Leningradi_Edasi_toimetus, lk 114
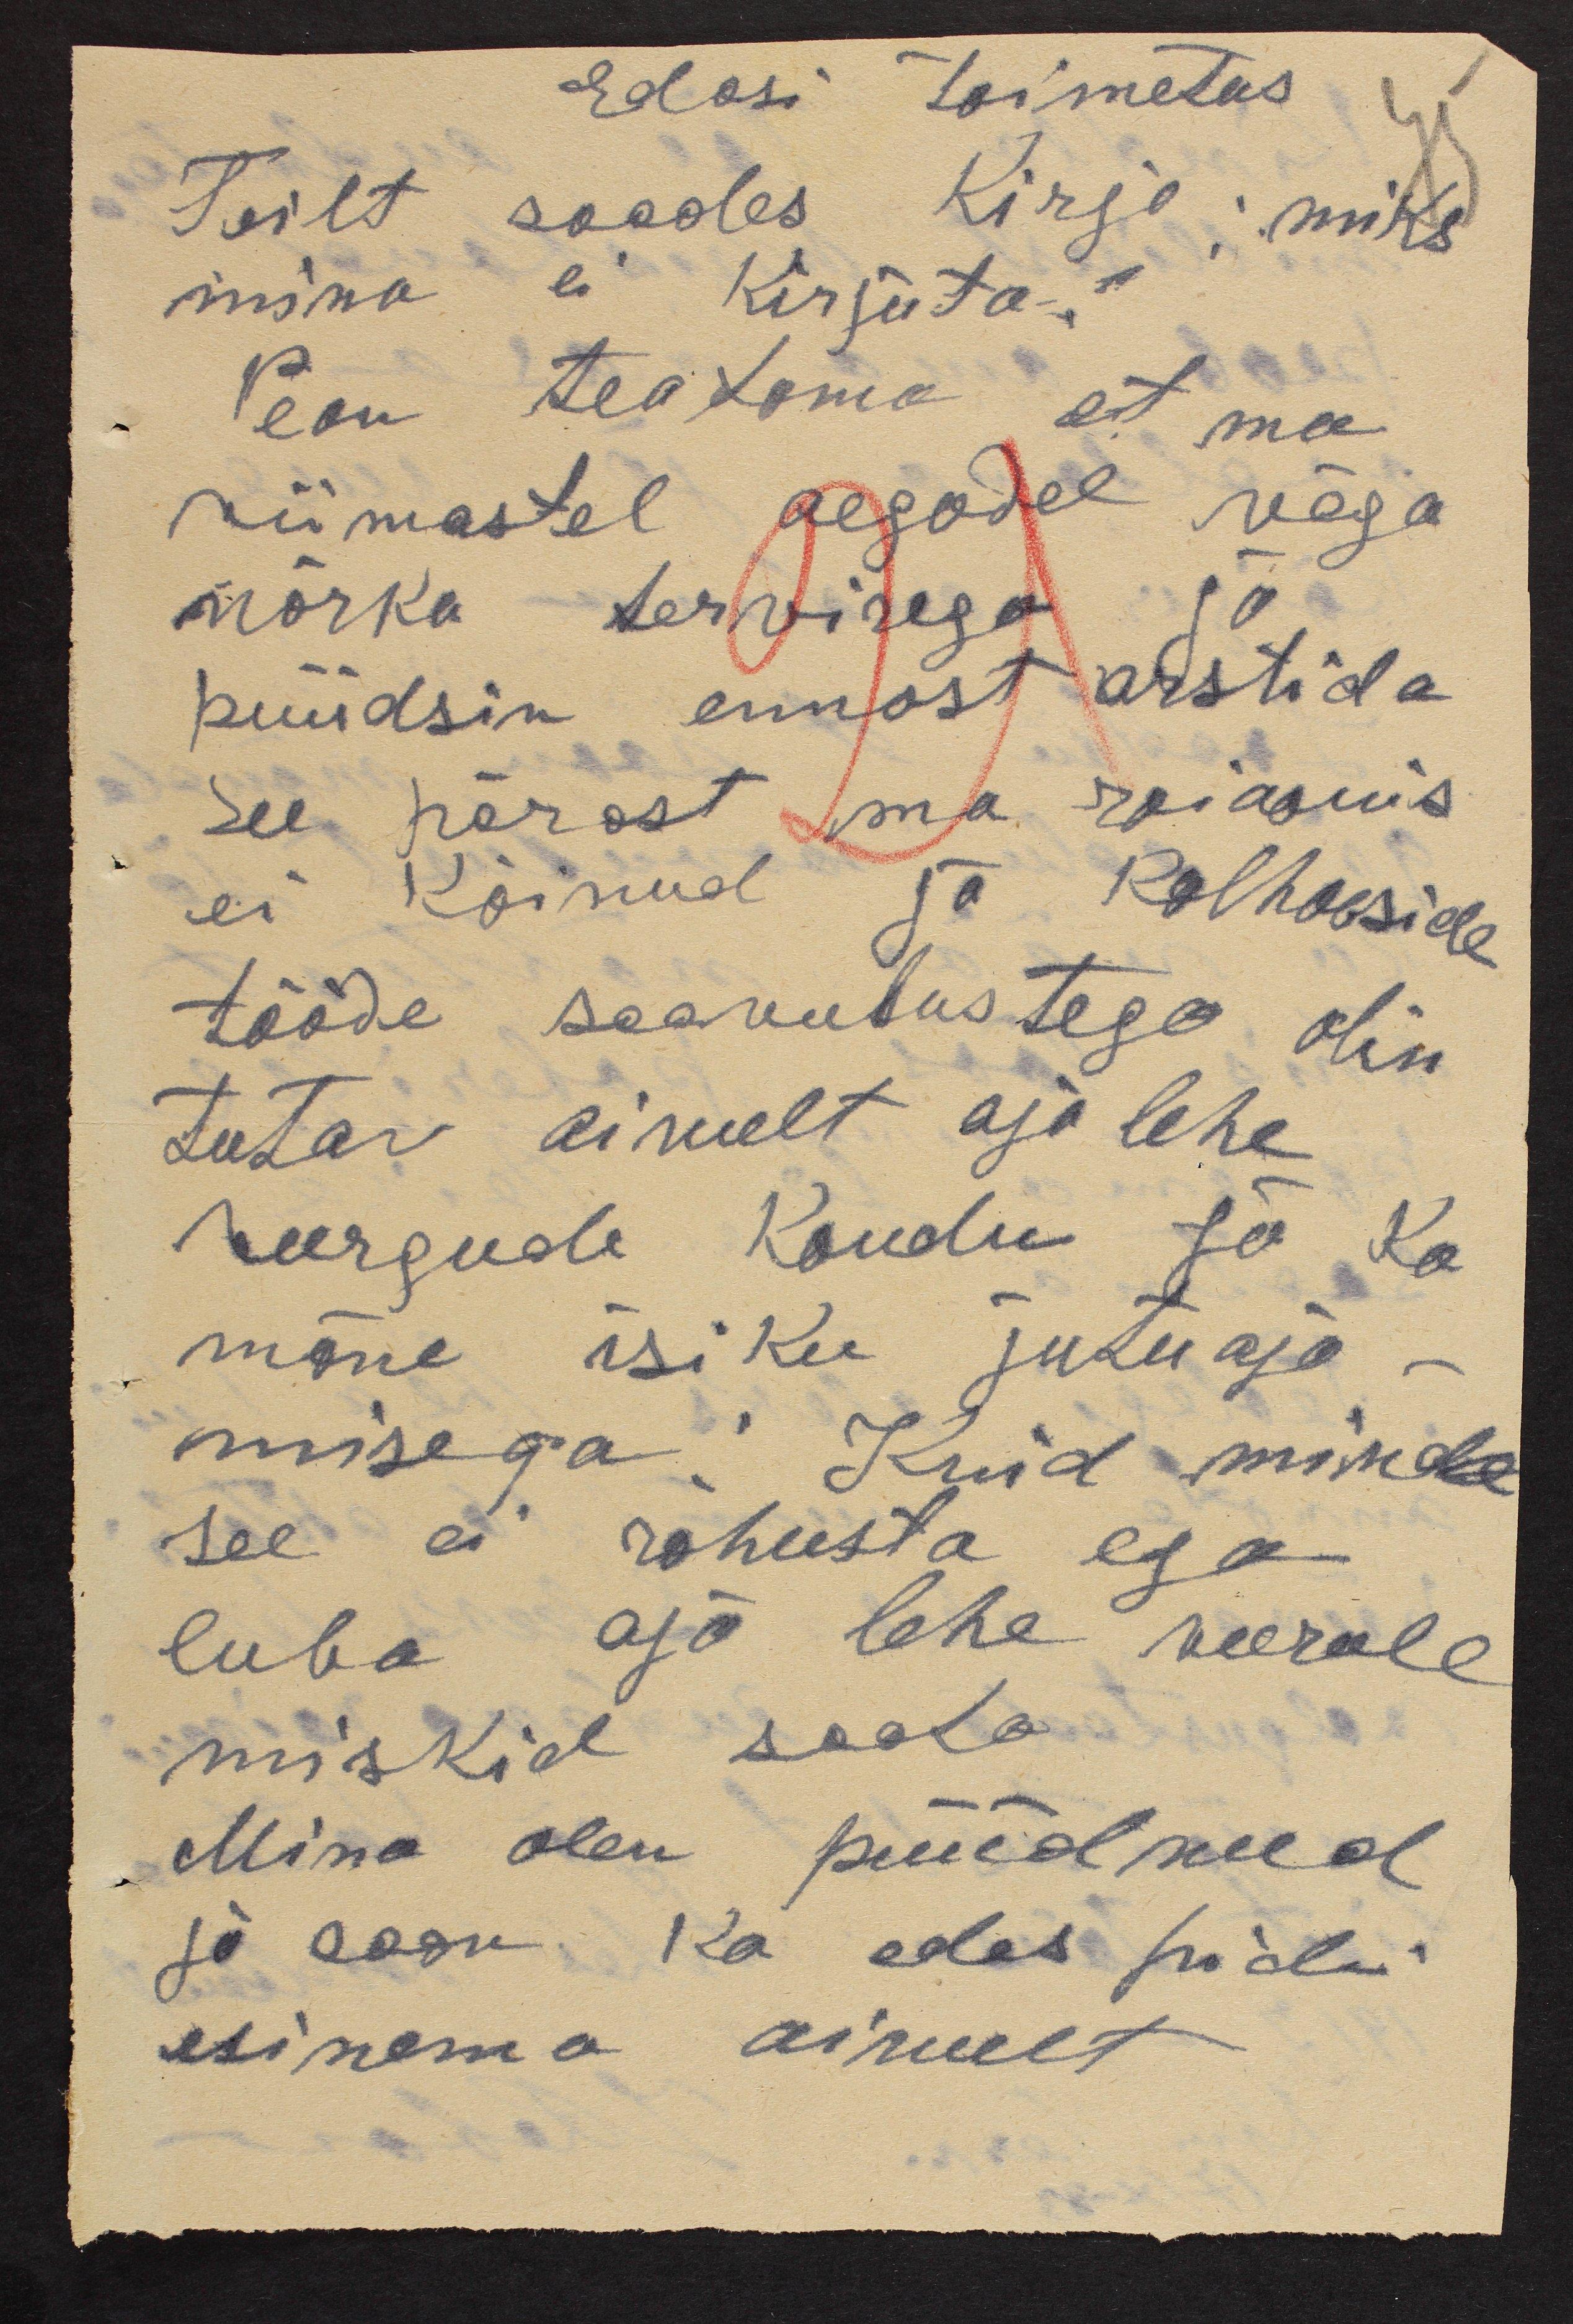
Edasi toimetus
Teilt saades kirja: miks
mina ei kirjuta?
Pean teatama et ma
viimastel aegadel väga
nõrka tervisega ja
püüdsin ennast arstida
see pärast ma raioonis
ei käinud ja kolhooside
tööde saavutustega olin
tutav ainult ajalehe
veergude kaudu ja ka
mõne isiku jutuaja-
miseg:. Kuid minde
see ei rahusta ega
luba aja lehe veerule
miskid saata
Mina olen püüdnud
ja saan ka edas pidi
esinema ainult